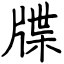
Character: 牒